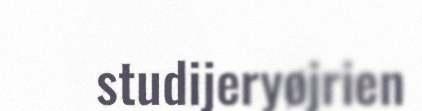
studijeryøjrien